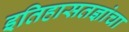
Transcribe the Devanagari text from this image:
इतिहासतज्ञांचा